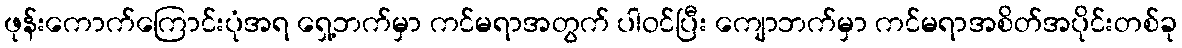
ဖုန်းကောက်ကြောင်းပုံအရ ရှေ့ဘက်မှာ ကင်မရာအတွက် ပါဝင်ပြီး ကျောဘက်မှာ ကင်မရာအစိတ်အပိုင်းတစ်ခု